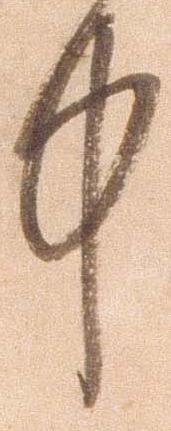
中